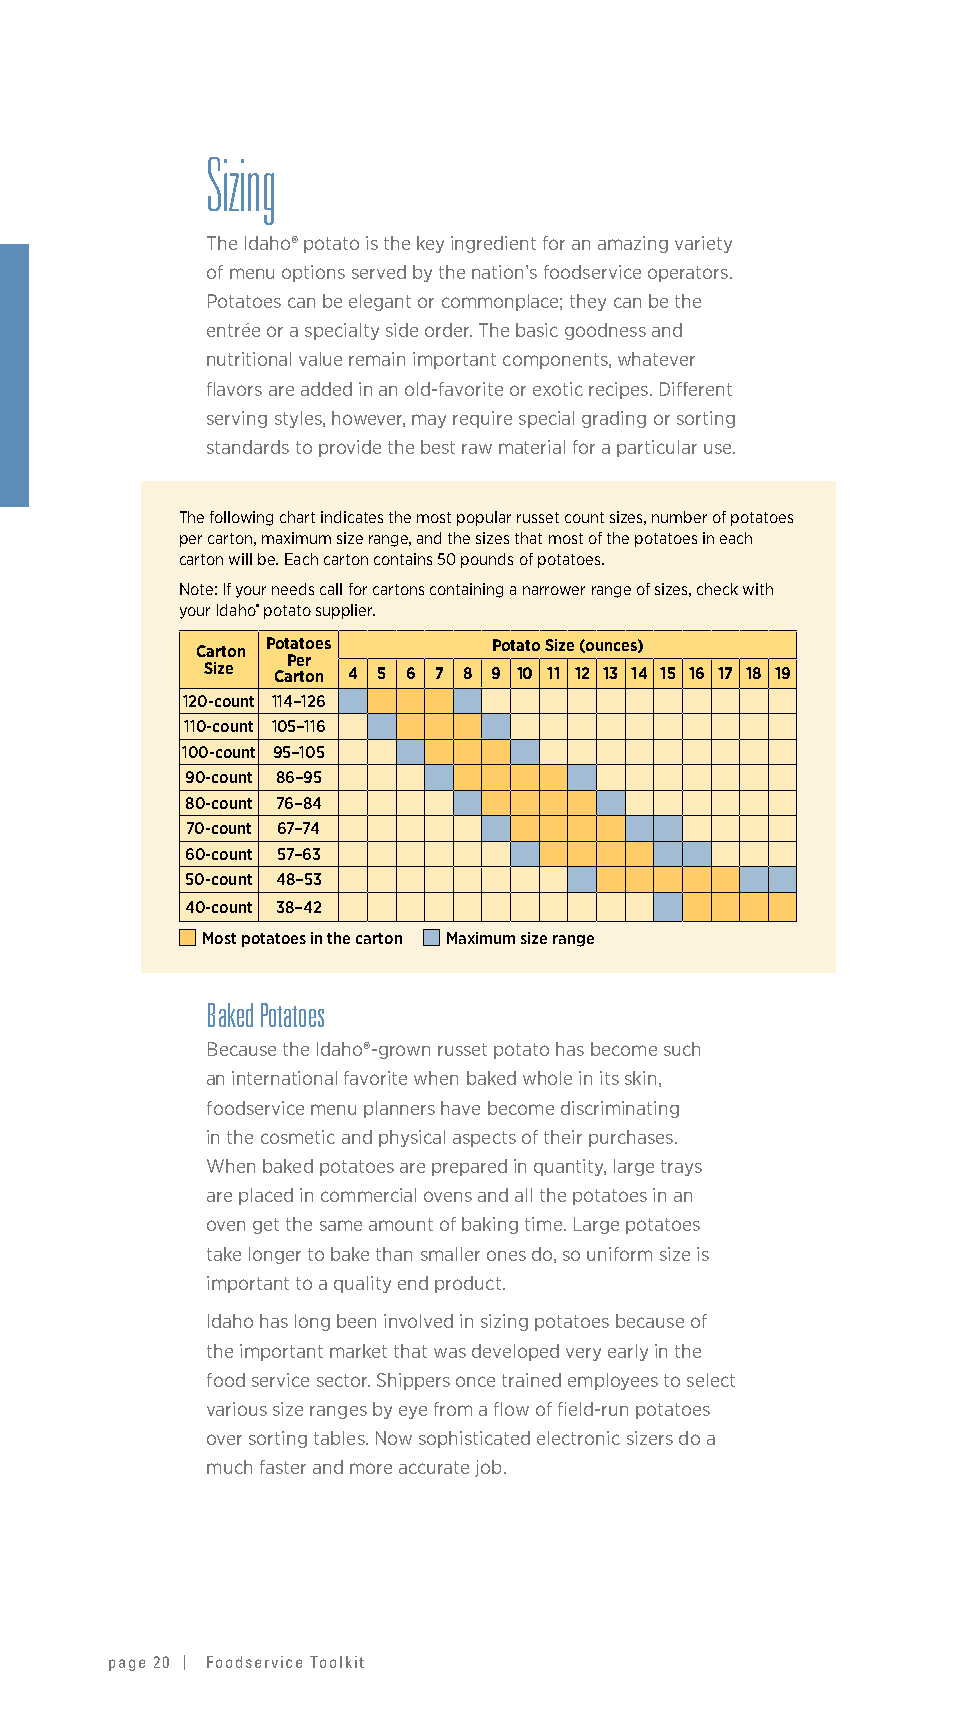
Sizing
 The Idaho® potato is the key ingredient for an amazing variety
 of menu options served by the nation’s foodservice operators.
 Potatoes can be elegant or commonplace; they can be the
 entrée or a specialty side order. The basic goodness and
 nutritional value remain important components, whatever
 flavors are added in an old-favorite or exotic recipes. Different
 serving styles, however, may require special grading or sorting
 standards to provide the best raw material for a particular use.
 The following chart indicates the most popular russet count sizes, number of potatoes
 per carton, maximum size range, and the sizes that most of the potatoes in each
 carton will be. Each carton contains 50 pounds of potatoes.
 Note: If your needs call for cartons containing a narrower range of sizes, check with
 your Idaho® potato supplier.
 Potatoes       Potato Size (ounces)
 Carton
 Per
 Size Carton 4 5 6 7 8 9 10 11 12 13 14 15 16 17 18 19
 120-count 114–126
 110-count 105–116
 100-count 95–105
 90-count 86–95
 80-count 76–84
 70-count 67–74
 60-count 57–63
 50-count 48–53
 40-count 38–42
 Most potatoes in the carton Maximum size range
 Baked Potatoes
 Because the Idaho®-grown russet potato has become such
 an international favorite when baked whole in its skin,
 foodservice menu planners have become discriminating
 in the cosmetic and physical aspects of their purchases.
 When baked potatoes are prepared in quantity, large trays
 are placed in commercial ovens and all the potatoes in an
 oven get the same amount of baking time. Large potatoes
 take longer to bake than smaller ones do, so uniform size is
 important to a quality end product.
 Idaho has long been involved in sizing potatoes because of
 the important market that was developed very early in the
 food service sector. Shippers once trained employees to select
 various size ranges by eye from a flow of field-run potatoes
 over sorting tables. Now sophisticated electronic sizers do a
 much faster and more accurate job.
 page 20 | Foodservice Toolkit